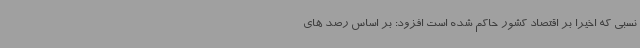
نسبی که اخیراً بر اقتصاد کشور حاکم شده است افزود: بر اساس رصد های